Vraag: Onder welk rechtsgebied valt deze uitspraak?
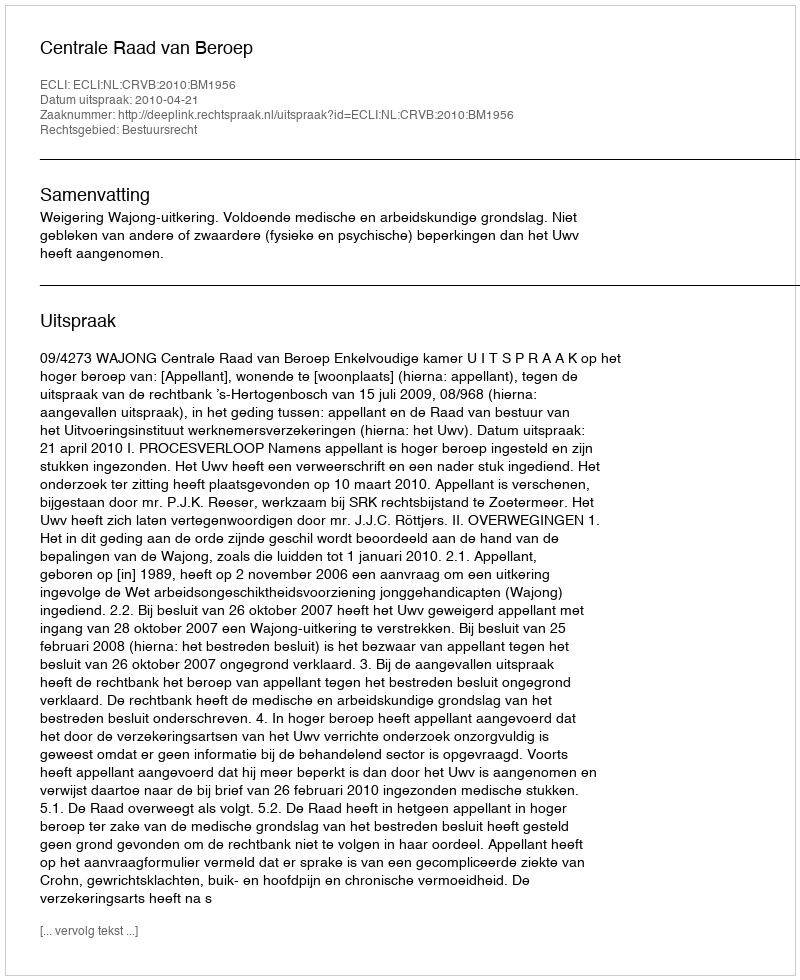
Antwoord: Bestuursrecht